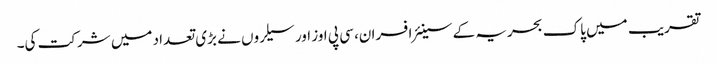
تقریب میں پاک بحریہ کے سینئر افسران، سی پی اوز اور سیلروں نے بڑی تعداد میں شرکت کی۔